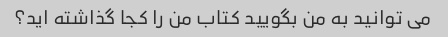
می توانید به من بگویید کتاب من را کجا گذاشته اید؟